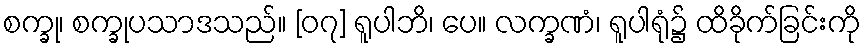
စက္ခု၊ စက္ခုပသာဒသည်။ [၀၇] ရူပါဘိ၊ ပေ။ လက္ခဏံ၊ ရူပါရုံ၌ ထိခိုက်ခြင်းကို